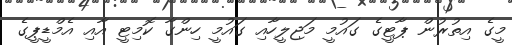
މީގެ އިތުރުން ޕާޓީގެ ގައުމީ މަޖިލީހާއި ގައުމީ ހިންގާ ކޮމިޓީ އާއި އެމްޑީޕީގެ